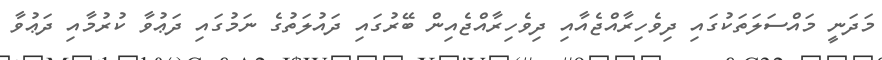
މަދަނީ މައްސަލަތަކުގައި ދިވެހިރާއްޖެއާއި ދިވެހިރާއްޖެއިން ބޭރުގައި ދައުލަތުގެ ނަމުގައި ދަޢުވާ ކުރުމާއި ދަޢުވާ